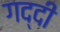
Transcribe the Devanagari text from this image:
गद्‍दी